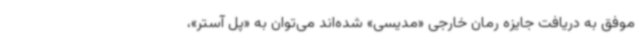
موفق به دریافت جایزه رمان خارجی «مدیسی» شده‌اند می‌توان به «پل آستر»،